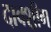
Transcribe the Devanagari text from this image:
दाक्श़ीग